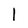
Character: l